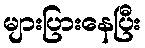
များပြားနေပြီး